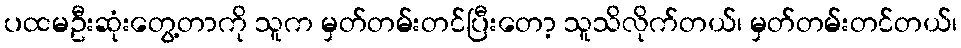
ပထမဦးဆုံးတွေ့တာကို သူက မှတ်တမ်းတင်ပြီးတော့ သူသိလိုက်တယ်၊ မှတ်တမ်းတင်တယ်၊